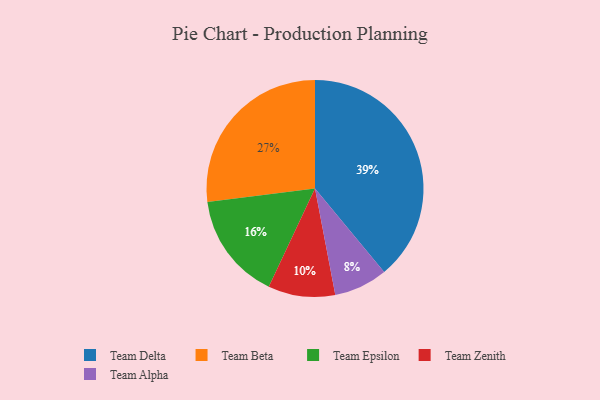
{"axis": {"x": "Category", "y": "Percentage"}, "legend": ["Team Alpha", "Team Beta", "Team Delta", "Team Epsilon", "Team Zenith"], "data": [{"x": "Team Beta", "y": 27, "type": "Team Beta"}, {"x": "Team Zenith", "y": 10, "type": "Team Zenith"}, {"x": "Team Delta", "y": 39, "type": "Team Delta"}, {"x": "Team Epsilon", "y": 16, "type": "Team Epsilon"}, {"x": "Team Alpha", "y": 8, "type": "Team Alpha"}]}